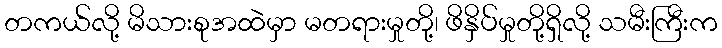
တကယ်လို့ မိသားစုအထဲမှာ မတရားမှုတို့၊ ဖိနှိပ်မှုတို့ရှိလို့ သမီးကြီးက